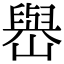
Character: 𡽬